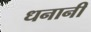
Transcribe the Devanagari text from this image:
धनानी